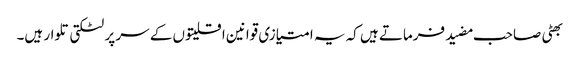
بھٹی صاحب مضید فرماتے ہیں کہ یہ امتیازی قوانین اقلیتوں کے سر پر لٹکتی تلوار ہیں۔